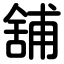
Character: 舖